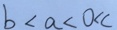
b < a < 0 < c